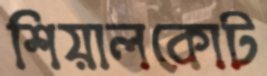
শিয়ালকোট